Lunatic asylums Burma 1907-21 - 1907-1921
Year: 1907
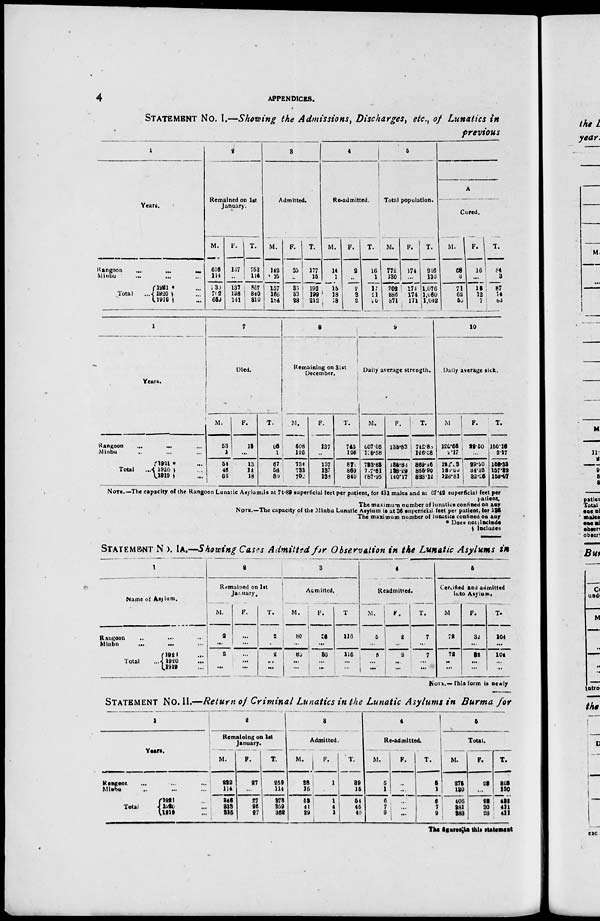
4
APPENDICES.
STATEMENT NO. I.—Showing the Admissions, Discharges, etc., of Lunatics in
previous
1
Years.
Rangoon
...
...
...
Minbu
...
...
Total
1921 * ...
1920 § ...
1919 § ...
2
Remained on 1st
January.
M.
616
114
730
702
669
F.
137
...
137
138
141
T.
753
114
867
840
810
3
Admitted.
M.
143
15
157
166
l84
F.
35
...
35
33
28
T.
177
15
192
199
212
4
Re-admitted.
M.
14
1
15 18
18
F.
2
..
2
3
2
T.
16
1
17
11
20
5
Total population.
M.
772
130
902
886
871
F.
174
...
174
174
171
T.
946
130
1,076
1,060
1,042
A
Cured.
M.
68
3
71
62
55
F.
16
...
16
12
7
T.
84
3
87
74
63
1
Years.
Rangoon
... ... ...
Minbu ... ... ...
Total
...
1921 * ...
1920 § ...
1919§ ...
7
Died.
M.
63
1
54
46
62
F.
13
...
13
12
18
T.
66
1
67
58
89
8
Remaining on 31st
December.
M.
508
126
734
732
702
F.
137
...
137
137
138
T.
745
126
871
869
840
9
Daily average strength.
M.
607.05
126.58
733.63
717.61
687.95
F.
135.83
...
135.83
138.29
140.17
T.
742.83
126.58
869.46
855.90
823.12
10
Daily average sick.
M.
120.66
2.17
122.03
125.00
126.81
F.
29.50
...
29.50
34.32
32.26
T.
150.16
2.17
152.33
157.32
159.07
NOTE.—The capacity of the Rangoon Lunatic Asylum is at 74.89 superficial feet per patient, for 431 males and at 67.42 superficial feet per
patient.
The maximum number of lunatics confined on any
NOTE.—The capacity of the Minbu Lunatic Asylum is at 35 superficial feet per patient, tor 135
The maximum number of lunatics confined on any
* Does not include
§ Includes
STATEMENT No. IA.—Showing Cases Admitted for Observation in the Lunatic Asylums in
1
Name of Asylum.
Rangoon ... ... ...
Minbn
...
...
...
Total ...
1921 ...
1920 ...
1919 ...
2
Remained on 1st
January.
M.
2
...
2
...
...
F.
...
...
...
...
...
T.
2
...
2
...
...
3
Admitted.
M.
80
...
80
...
...
F.
36
...
36
...
...
T
116
...
116
...
...
4
Readmitted.
M.
5
...
5
...
...
F.
2
...
2
...
...
T.
7
...
7
...
...
5
Certified and admitted
into Asylum.
M
72
...
72
...
...
F.
32
...
31
...
...
T.
104
...
104
...
...
NOTE.—This form is newly
STATEMENT No. II.—Return of Criminal Lunatics in the Lunatic Asylums in Burma for
1
Years.
Ranagoor
... ... ...
Minbu
...
...
...
Total
1921 ...
1920 ...
1919 ...
2
Remaining on 1st
January.
M.
232
114
346
333
325
F.
27
...
27
26
27
T.
259
114
373
359
362
3
Admitted.
M.
33
15
53
41
39
F.
1
...
1
4
1
T.
39
15
54
45
40
4
Re-admitted.
M.
5
1
6
7
9
F.
...
...
...
...
...
T.
5
1
6
7
9
5
Total.
M.
275
130
405
281
383
F.
28
...
28
30
28
T.
303
130
433
411
411
The figures is this statement